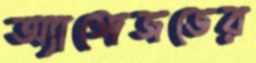
অ্যাঙ্গেজডের